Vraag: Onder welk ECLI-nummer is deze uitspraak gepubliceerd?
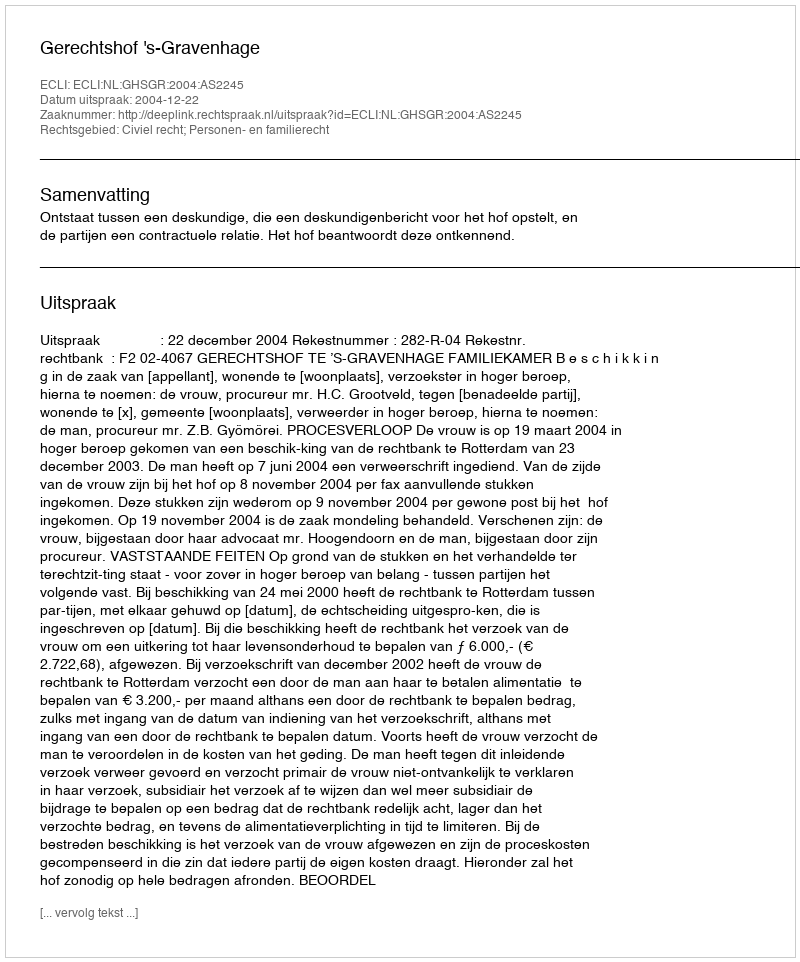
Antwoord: ECLI:NL:GHSGR:2004:AS2245